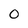
Character: 0